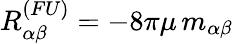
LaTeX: R_{\alpha\beta}^{(FU)}=-8\pi\mu\, m_{\alpha\beta}